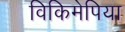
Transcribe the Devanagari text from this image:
विकिमेपिया